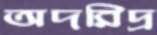
অদরিদ্র